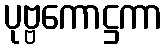
ပုဗ္ဗကောဋ္ဌကာ